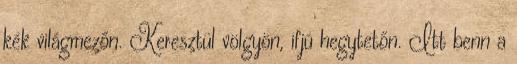
kék világmezőn. Keresztül völgyön, ifjú hegytetőn. Itt benn a